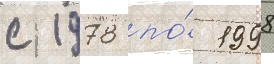
с 1978 по́ 1998